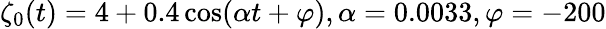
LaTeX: \zeta_{0}(t)=4+0.4\cos(\alpha t+\varphi),\alpha=0.0033,\varphi=-200